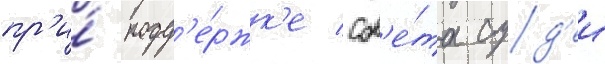
пр'и́ подд'е́ржк'е сов'е́та суд'еи